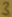
Text: 3